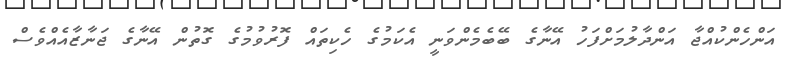
އަންހެންކުއްޖާ އަންދާލުމަށްފަހު އޭނާގެ ބޭބެމެންވަނީ އެކަމުގެ ހެކިތައް ފޮރުވުމުގެ ގޮތުން އޭނާގެ ޖަނާޒާއެއްވެސް